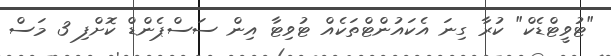
"ޓުވީޓްޑެކް" ކުރާ ގިނަ އެކައުންޓްތަކެއް ޓުވިޓާ އިން ސަސްޕެންޑް ކޮށްފި 3 މަސް